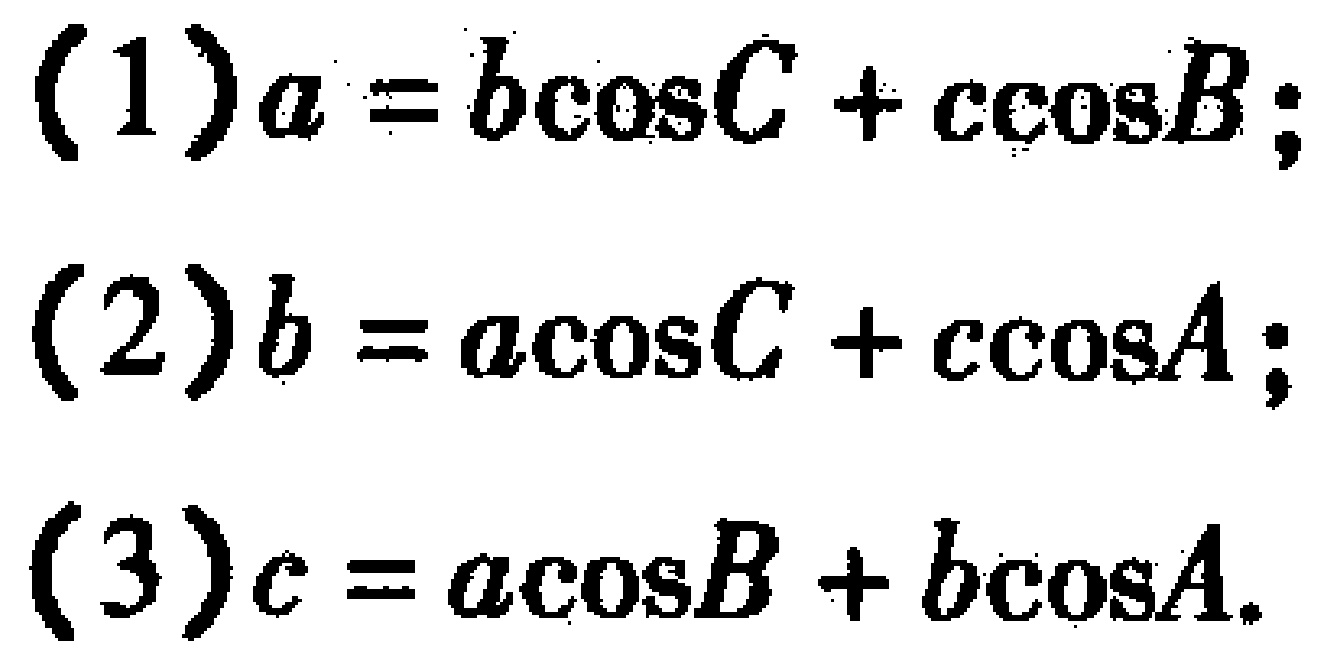
(1) \(a = b\cos C + c\cos B\);
(2) \(b = a\cos C + c\cos A\);
(3) \(c = a\cos B + b\cos A\).